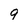
Character: g